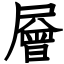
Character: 層